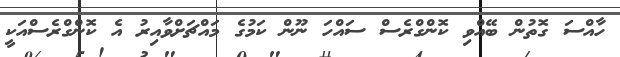
ހާއްސަ ގޮތުން ބޭއްވި ކޮންގްރެސް ސައްހަ ނޫން ކަމުގެ މައްޗަށްވާއިރު އެ ކޮންގްރެސްއަކީ